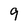
Character: 9